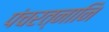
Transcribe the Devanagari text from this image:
पंचरत्नानि